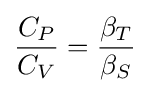
{\frac {C_{P}}{C_{V}}}={\frac {\beta _{T}}{\beta _{S}}}